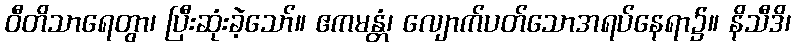
ဝီတိသာရေတွာ၊ ပြီးဆုံးခဲ့သော်။ ဧကမန္တံ၊ လျောက်ပတ်သောအရပ်နေရာ၌။ နိသီဒိ၊